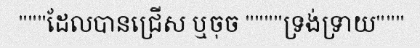
"""ដែលបានជ្រើស ឬចុច """"ទ្រង់ទ្រាយ"""